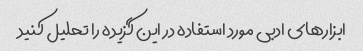
ابزارهای ادبی مورد استفاده در این گزیده را تحلیل کنید